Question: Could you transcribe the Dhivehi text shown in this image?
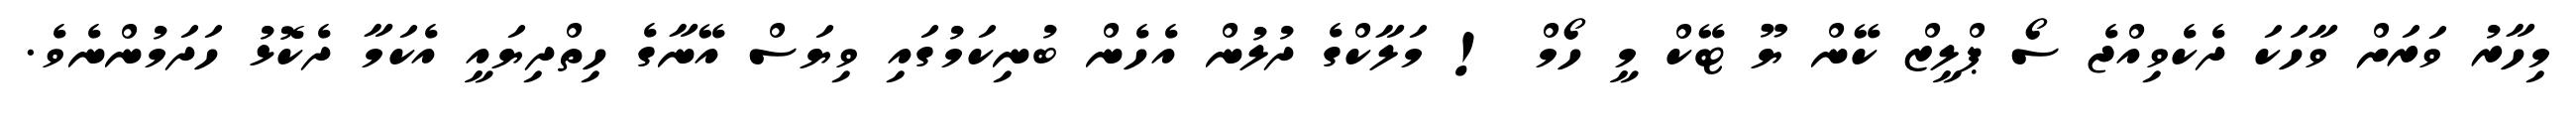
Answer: މިހާރު ވަރަށް ވާހަކަ ދެކެވިއްޖެ ސޯ ޕްލީޒް ކޭން ޔޫ ޓޭކް މީ ހޯމް ! މަލާކްގެ ދުލުން އެހެން ބުނިކަމުގައި ވިޔަސް އޭނާގެ ހިތްދިޔައީ އެކަމާ ދެކޮޅު ހަދަމުންނެވެ.